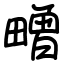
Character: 㽪